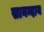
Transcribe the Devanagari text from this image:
सानन्दाय